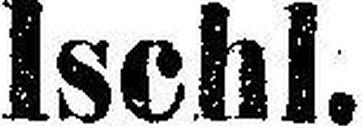
Ischl.